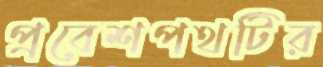
প্রবেশপথটির